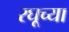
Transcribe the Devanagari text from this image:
रघूच्या